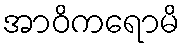
အာဝိကရောမိ